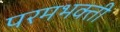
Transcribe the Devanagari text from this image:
परमभक्ती